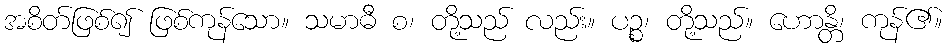
အစိတ်ဖြစ်၍ ဖြစ်ကုန်သော။ သမာဓီ စ၊ တို့သည် လည်း။ ပဉ္စ၊ တို့သည်။ ဟောန္တိ၊ ကုန်၏။